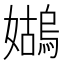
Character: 𪦭